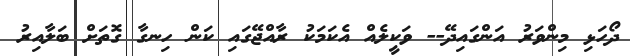
ދޯހަޅި މިންވަރު އަންގައިދޭ-- ވަކީލެއް އެކަމަކު ރާއްޖޭގައި ކަން ހިނގާ ގޮތަށް ބަލާއިރު